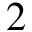
2